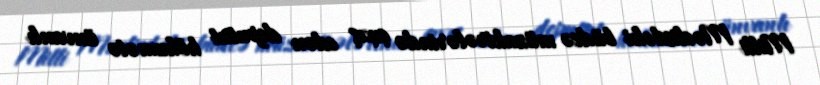
Milli Məclisdəki büdcə müzakirələrində çıxış edən deputat hökumətə ünvanlı